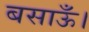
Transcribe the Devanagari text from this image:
बसाऊँ।